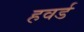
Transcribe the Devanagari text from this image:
हवर्ड